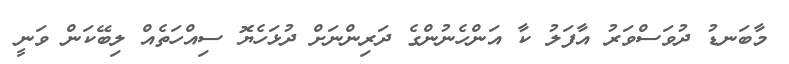
މާބަނޑު ދުވަސްވަރު އާފަލު ކާ އަންހެނުންގެ ދަރިންނަށް ދުޅަހެޔޮ ސިއްހަތެއް ލިބޭކަން ވަނީ